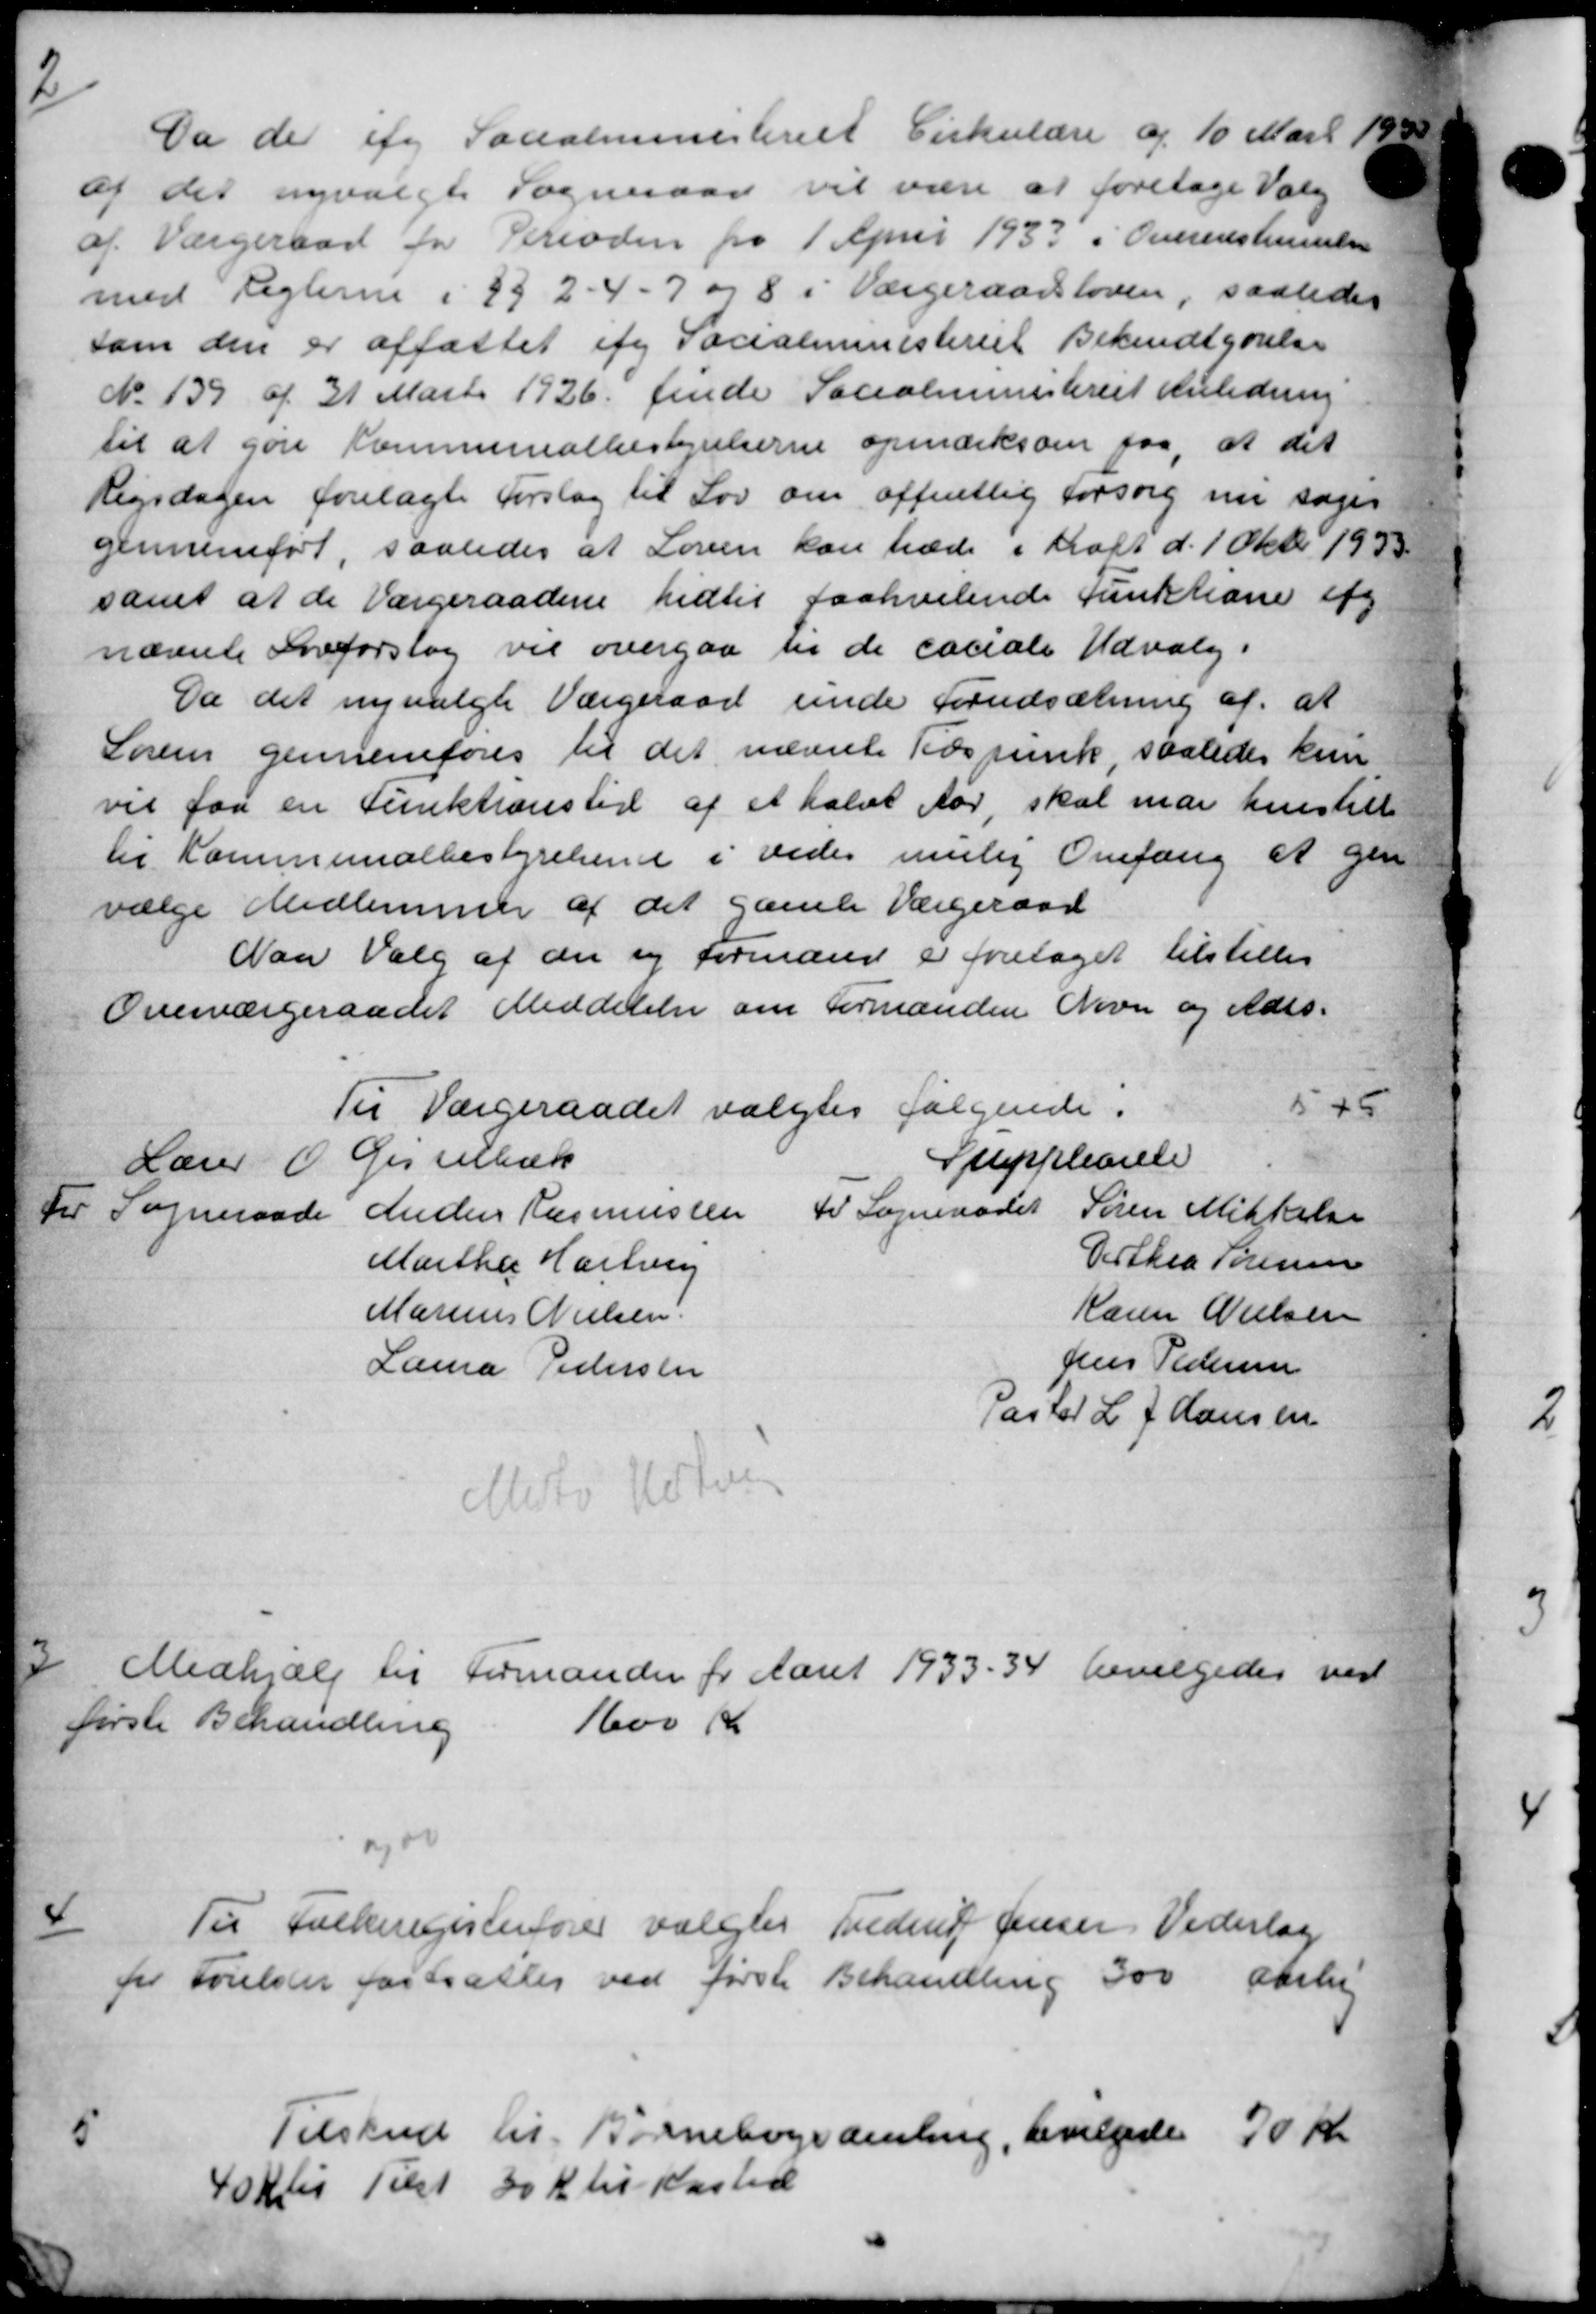
Transskription:
2
Da der ifg Socialministeriet Cirkulære af 10 Marts 1930
af det nyvalgte Sogneraad vil være at foretage Valg
af Værgeraad for Perioden fra 1 April 1933 i Overenstemte
med Reglerne i 892 - 4 - 7 og 8 i Værgeraadsloven, saaledes
som den er affattet af Socialministeriet Bekendtgørelse
No. 139 af 31 Marts 1926 finde Socialministeriet Anledning
til at gøre Kommunalbestyrelserne opmærksom paa, at det
Rigsdagen forelagte Forslag til Lov om offentlig forsorg nu søger
gennemført, saaledes at Loven kan træde i Malt d. 1 Okt. 1933
samt at de Værgeraadene hidtil paahvilende Funktione afg
nævnte Sneforslag vil overgaa en de sociale Udvalg i
Da det nyvalgte Værgeraad unde Forudsætning af, at
Søren gennemføres til det nævnte Tidspunk saaledes kun
vil faa en Funktionstid af et halvt Aar, skal man henstill
til Kommunalbestyrelsen i vedes mulig Omfang at gen
vælge Medlemmer af det gamle Værgeraad
Naa Valg af der og Formand er foretaget tilstilles
Overværgeraadet Meddelelse om Formanden Navn og Ades-
Til Værgeraadet valgtes følgende.
575
Lærer  Gisselbæk
Suppleante
For Sogneraade
Anders Rasmussen
Martha Hartvi
Marius Nielsen
Laura Pedersen
ti Sogneraadet
Søren Mikkelsen
Verthea Sørensen
Karen Nielsen
Jens Pedersen
Pastor L. J. Hansen
Mito Motor
3
Medhjælp til Formanden for Aaret 1933 - 34 bevilgedes ved
første Behandling
1600 Kr.

Til Folkeregisterfører valgtes Frederik Jensen Vederlag
for Forelser fastsættes ved første Behandling 300 Aaste
5
Tilskud til Børnebogsamling, bevilgedes 70 Kr
40 K til Tilst 30 Kr til Kasted